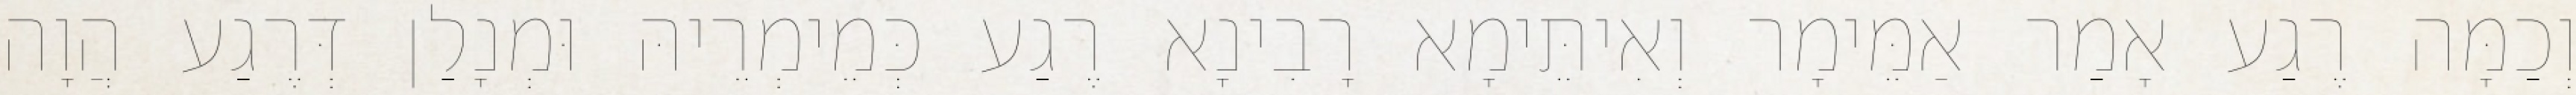
וְכַמָּה רֶגַע אָמַר אַמֵּימָר וְאִיתֵּימָא רָבִינָא רֶגַע כְּמֵימְרֵיהּ וּמְנָלַן דְּרֶגַע הֲוָה